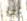
اذا